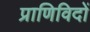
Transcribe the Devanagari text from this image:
प्राणिविदों